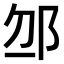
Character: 𨚄